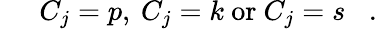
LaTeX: \; \; \; \; \; C_{j}=p,\: C_{j}=k{\mathrm{~or~}}C_{j}=s\; \; \; .